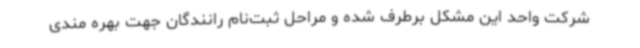
شرکت واحد این مشکل برطرف شده و مراحل ثبت‌نام رانندگان جهت بهره مندی